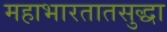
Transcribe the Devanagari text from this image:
महाभारतातसुद्धा